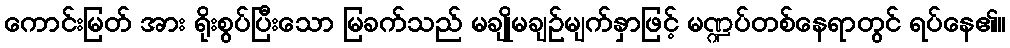
ကောင်းမြတ် အား ရိုးစွပ်ပြီးသော မြခက်သည် မချိုမချဉ်မျက်နှာဖြင့် မဏ္ဍပ်တစ်နေရာတွင် ရပ်နေ၏။